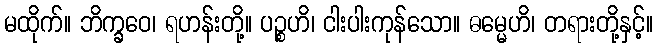
မထိုက်။ ဘိက္ခဝေ၊ ရဟန်းတို့။ ပဉ္စဟိ၊ ငါးပါးကုန်သော။ ဓမ္မေဟိ၊ တရားတို့နှင့်။